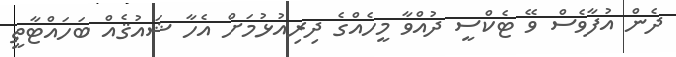
ދެން އުފާވެސް ވޭ ޓެކްސީ ދުއްވާ މީހެއްގެ ދިރިއުޅުމަށް އެހާ ޝައުޤެއް ބަހައްޓާތީ